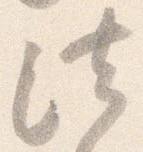
法